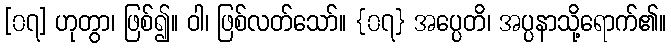
[၀၇] ဟုတွာ၊ ဖြစ်၍။ ဝါ၊ ဖြစ်လတ်သော်။ {၀၇} အပ္ပေတိ၊ အပ္ပနာသို့ရောက်၏။